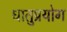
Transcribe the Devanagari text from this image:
धातुप्रयोग